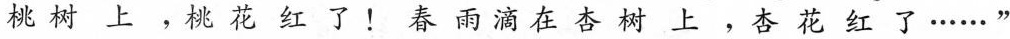
桃树上，桃花红了！春雨滴在杏树上，杏花红了……”